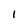
Character: l